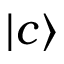
| c \rangle